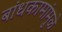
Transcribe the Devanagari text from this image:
बांधकामांमुळे